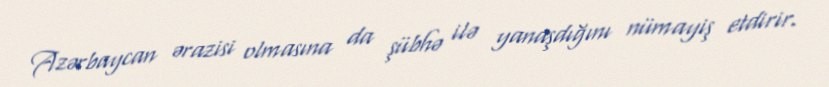
Azərbaycan ərazisi olmasına da şübhə ilə yanaşdığını nümayiş etdirir.